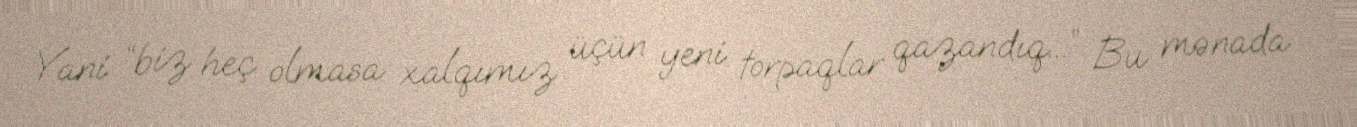
Yani “biz heç olmasa xalqımız üçün yeni torpaqlar qazandıq...” Bu mənada